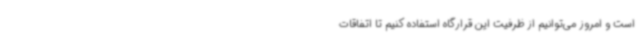
است و امروز می‌توانیم از ظرفیت این قرارگاه استفاده کنیم تا اتفاقات